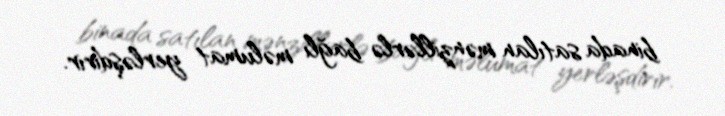
binada satılan mənzillərlə bağlı məlumat yerləşdirir.